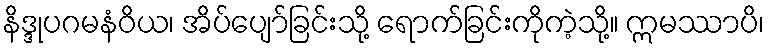
နိဒ္ဒုပဂမနံဝိယ၊ အိပ်ပျော်ခြင်းသို့ ရောက်ခြင်းကိုကဲ့သို့။ ဣမဿာပိ၊